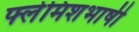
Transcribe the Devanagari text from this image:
फ्लेमिशभाषी